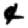
Digit: 4